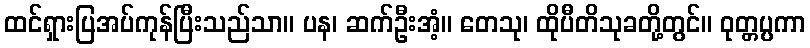
ထင်ရှားပြအပ်ကုန်ပြီးသည်သာ။ ပန၊ ဆက်ဦးအံ့။ တေသု၊ ထိုပီတိသုခတို့တွင်။ ဝုတ္တပ္ပကာ